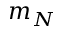
m _ { N }